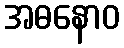
အဓနောဝ